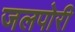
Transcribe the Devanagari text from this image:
जलपोरी